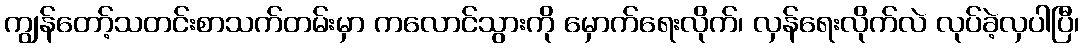
ကျွန်တော့်သတင်းစာသက်တမ်းမှာ ကလောင်သွားကို မှောက်ရေးလိုက်၊ လှန်ရေးလိုက်လဲ လုပ်ခဲ့လှပါပြီ၊